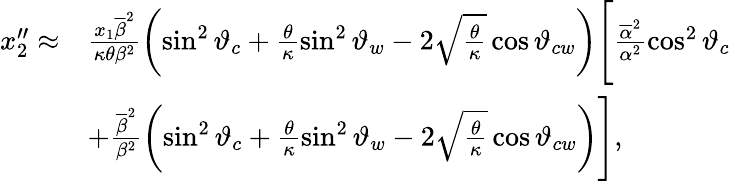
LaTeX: \begin{array}{rl}{x_{2}^{\prime\prime}\approx}&{\frac{x_{1}\overline{{\beta}}^{2}}{\kappa\theta\beta^{2}}\left(\sin^{2}\vartheta_{c}+\frac{\theta}{\kappa}\sin^{2}\vartheta_{w}-2\sqrt{\frac{\theta}{\kappa}}\cos\vartheta_{cw}\right)\Bigg[\frac{\overline{{\alpha}}^{2}}{\alpha^{2}}\cos^{2}\vartheta_{c}}\\ &{+\frac{\overline{{\beta}}^{2}}{\beta^{2}}\left(\sin^{2}\vartheta_{c}+\frac{\theta}{\kappa}\sin^{2}\vartheta_{w}-2\sqrt{\frac{\theta}{\kappa}}\cos\vartheta_{cw}\right)\Bigg],}\end{array}